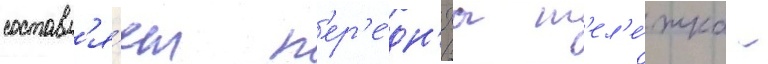
составл'я́ет п'ер'е́дн'яа т'ел'е́жка -